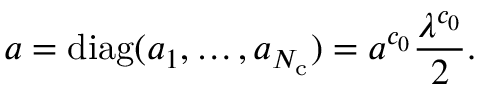
a = \mathrm { d i a g } ( a _ { 1 } , \dots , a _ { N _ { \mathrm { c } } } ) = a ^ { c _ { 0 } } \frac { \lambda ^ { c _ { 0 } } } { 2 } .